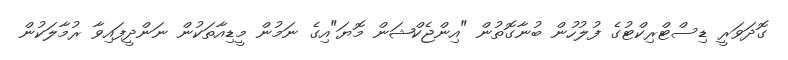
ގޮދަވަރީ ޑިސްޓްރިކްޓުގެ ފުލުހުން ބުނާގޮތުން "އިންޖެކްޝަން މޮޔަ"އިގެ ނަމުން މީޑިއާތަކުން ނަންދީފައިވާ ރުމާލަކުން